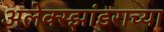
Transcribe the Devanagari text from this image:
अलेक्स्झांडराच्या